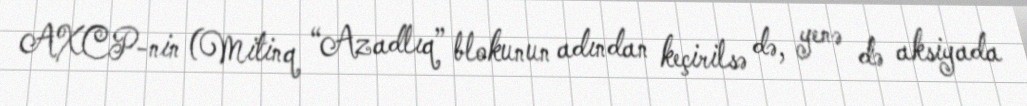
AXCP-nin (Mitinq “Azadlıq” blokunun adından keçirilsə də, yenə də aksiyada